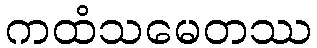
ကထံသမေတဿ